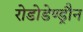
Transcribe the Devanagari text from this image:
रोडोडेण्ड्रौन